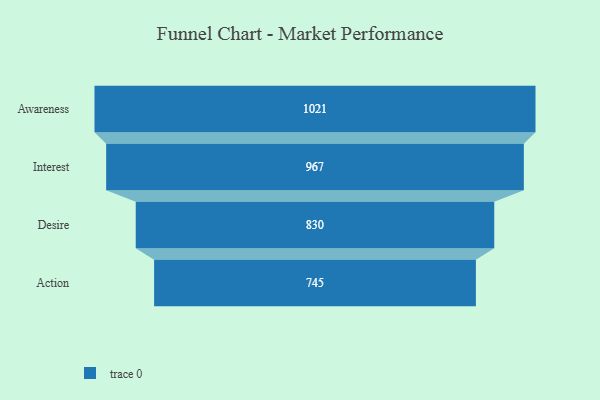
{"axis": {"x": "Stage", "y": "Value"}, "legend": [""], "data": [{"x": "Awareness", "y": 1021.0, "type": ""}, {"x": "Interest", "y": 967.0, "type": ""}, {"x": "Desire", "y": 830.0, "type": ""}, {"x": "Action", "y": 745.0, "type": ""}]}